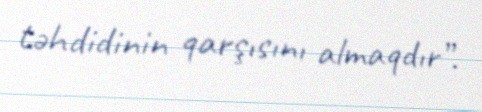
təhdidinin qarşısını almaqdır”.